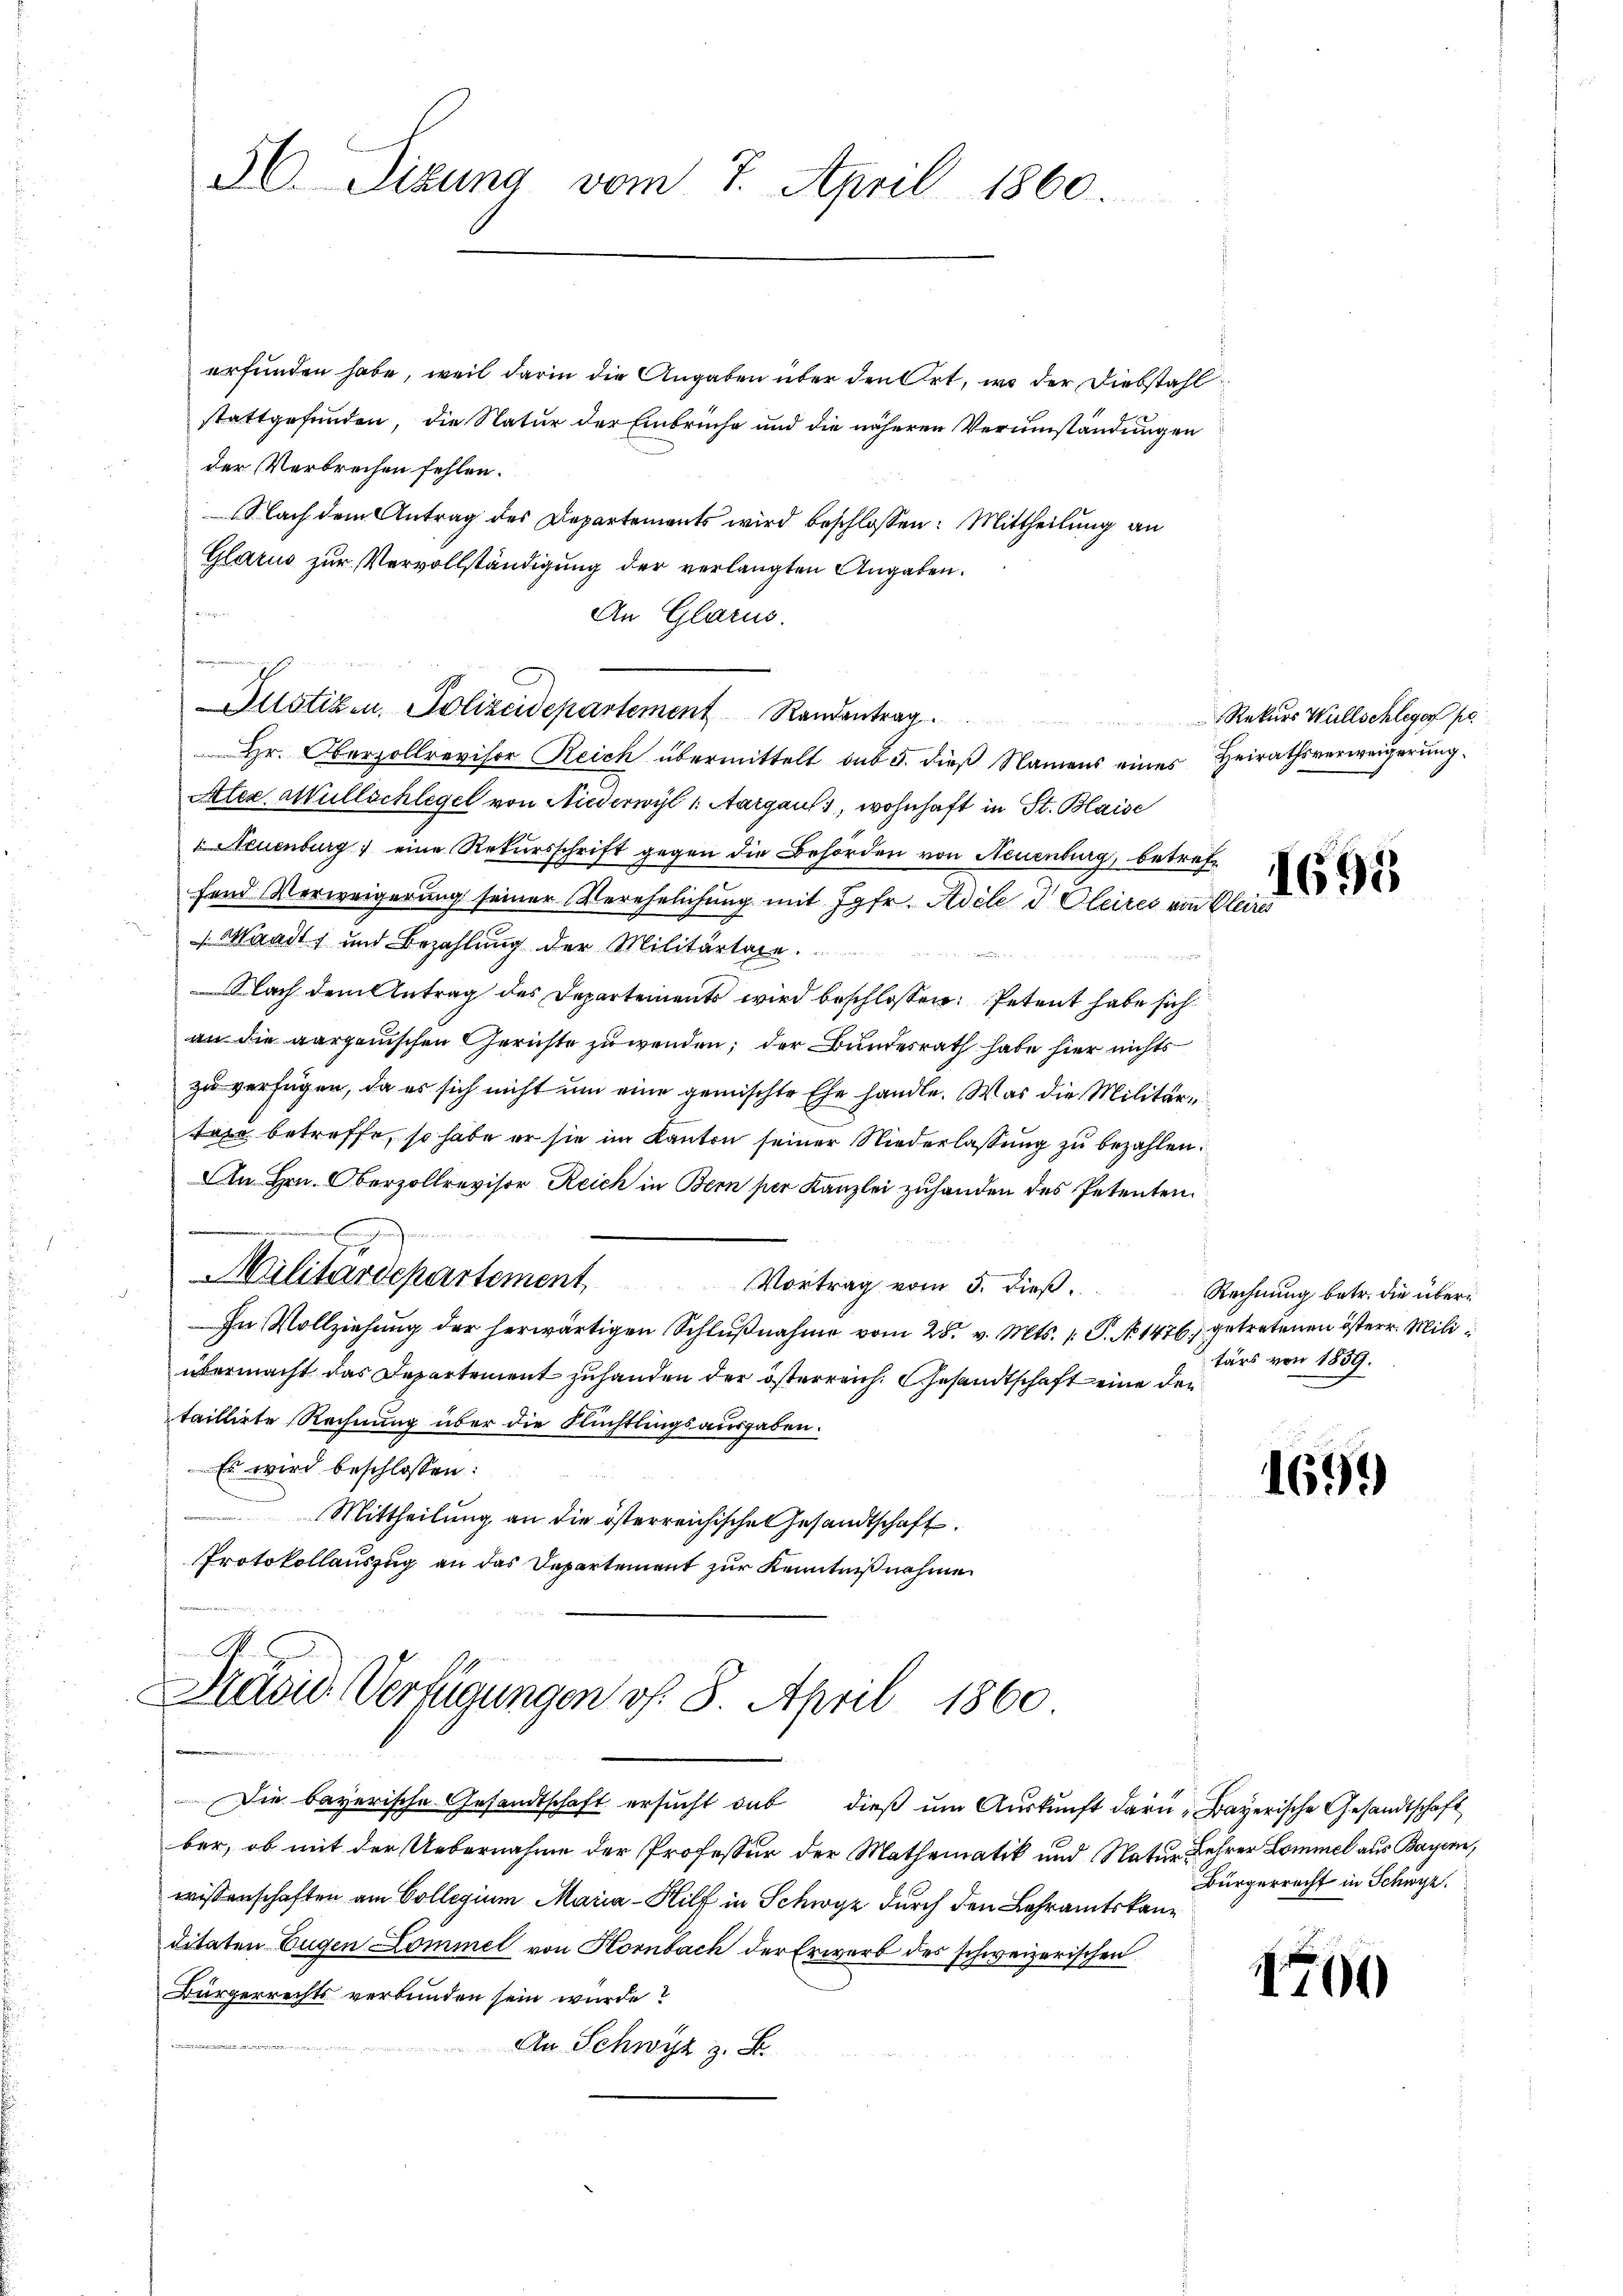
56. Sizung vom 7. April 1860

erfunden habe, weil darin die Angaben über den Ort, wo der Diebstahl
stattgefunden, die Natur der Einbrüche und die näheren Verumständungen
der Verbrechen fehlen.
(Nach dem Antrag des Departements wird beschlossen: Mittheilung an
Glarus zur Vervollständigung der verlangten Angaben.
An Glarus.
Allotizen, Polizeidepartement Randentrag
Hr. Oberzollrevisor Reich übermittelt sub 5. dieß Namens eines Heirathsverweigerung
Atea Müllschlegel von Niederwyl /: Aargaus, wohnhaft in St. Blaise
 Neuenburg eine Rekursschrift gegen die Behörden von Neuenburg, betreffand Verweigerung seiner Verehelichung mit Jgfr. Adele d. Gleires von Pleire
Waadt und Bezahlung der Militärtare.
Nach dem Antrag des Departements wird beschlossen: Petent habe sich
an die aargauischen Gerichte zu wenden; der Bundesrath habe hier nichts
zu verfügen, da es sich nicht um eine gemischte Ehe handle. Was die Militärtaxe betreffe, so habe er sie im Kanton seiner Niederlassung zu bezahlen.
An Hrn. Oberzollrevisor Reich in Bern per Kanzlei zuhanden des Petenten.
.
Militärdepartement
Vortrag vom 5. dieß
In Vollziehung der herwärtigen Schlußnahme vom 25. v. Mts. 1. P. No 1476) getretenen österr. Miliübermacht das Departement zuhanden der österreich. Gesandtschaft eine der
taillirte Rechnung über die Rüchtlingsausgaben.
Es wird beschlossen:
Mittheilung an die österreichische Gesandtschaft.
Protokollauszug an das Departement zur Kenntnißnahme

g

.
David Verfügungen f. 8. April 1860

Die bayerische Gesandtschaft ersucht das dieß um Auskunft daru- Bayerische Gesandtschaft
ber, ob mit der Uebernahme der Professor der Mathematik und Natur Lehrer Lommel aus Bayern,
wissenschaften am Collegium Maria Hilf in Schwyz durch den Lehramtskanditaten Eugen Sommel von Kornbach der Erwerb des schweizerischen
Bürgerrechts verbunden sein würde?

An Schwyz z. B.

Rekurs Willschleger pe

1695

Rechnung betr. die übertärs von 1859.

1699

Bürgerrecht in Schwyz.

1700